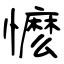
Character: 懡